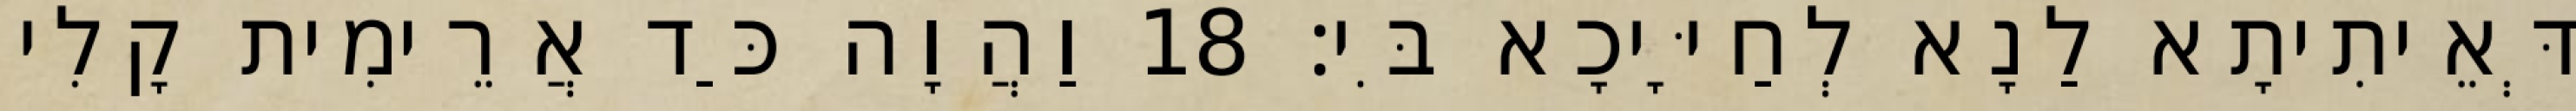
דְּאֵיתִיתָא לַנָא לְחַיָּיכָא בִּי׃ 18 וַהֲוָה כַּד אֲרֵימִית קָלִי